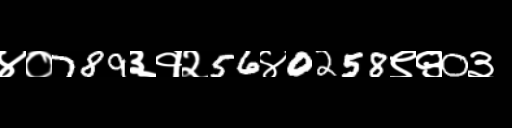
Text: ४०789३१२56४0258९९0३